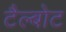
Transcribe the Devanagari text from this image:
टैल्बोट